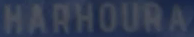
HARHOURA